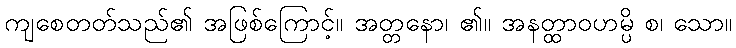
ကျစေတတ်သည်၏ အဖြစ်ကြောင့်။ အတ္တနော၊ ၏။ အနတ္ထာဝဟမ္ပိ စ၊ သော။